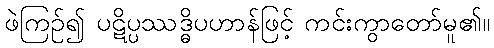
ဖဲကြဉ်၍ ပဋိပ္ပဿဒ္ဓိပဟာန်ဖြင့် ကင်းကွာတော်မူ၏။